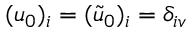
( u _ { 0 } ) _ { i } = ( \tilde { u } _ { 0 } ) _ { i } = \delta _ { i v }